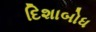
દિશાબોધ